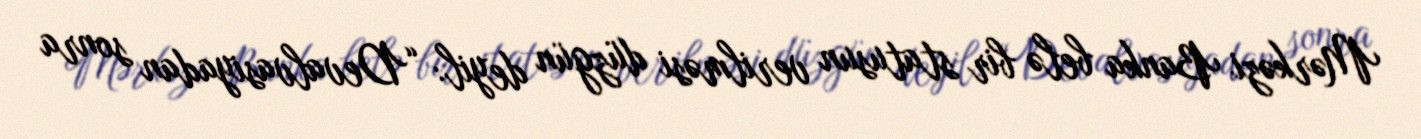
Mərkəzi Banka belə bir statusun verilməsi düzgün deyil: “Devalvasiyadan sonra